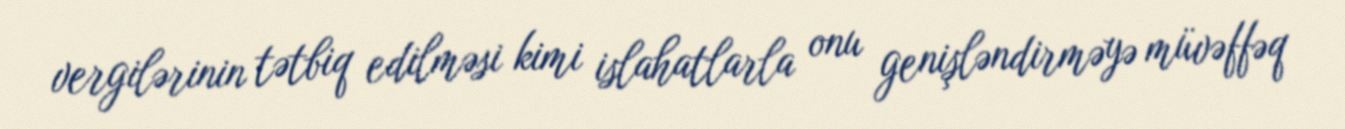
vergilərinin tətbiq edilməsi kimi islahatlarla onu genişləndirməyə müvəffəq